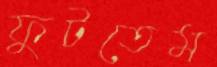
ফুটতেম